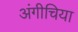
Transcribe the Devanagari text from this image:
अंगीचिया